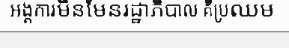
អង្គការមិនមែនរដ្ឋាភិបាល គឺប្រឈម